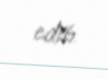
edib.